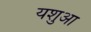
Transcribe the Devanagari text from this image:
यशुआ